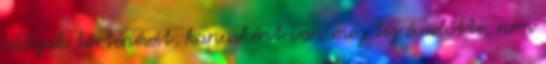
időszak történéseit, kapusként van még tíz év előtte, nem